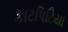
કાટપિટિયા